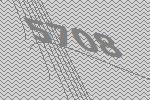
5708